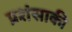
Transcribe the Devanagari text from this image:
प्रशंसाकी